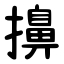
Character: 擤